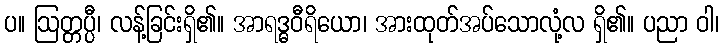
ပ။ ဩတ္တပ္ပီ၊ လန့်ခြင်းရှိ၏။ အာရဒ္ဓဝီရိယော၊ အားထုတ်အပ်သောလုံ့လ ရှိ၏။ ပညာ ဝါ၊